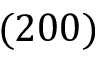
( 2 0 0 )